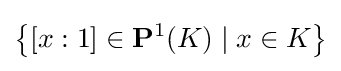
\left\{[x:1]\in \mathbf {P} ^{1}(K)\mid x\in K\right\}